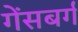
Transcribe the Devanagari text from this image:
गेंसबर्ग